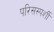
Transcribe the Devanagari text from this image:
परिसस्पर्शी